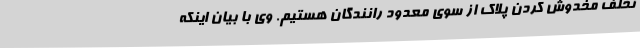
تخلف مخدوش کردن پلاک از سوی معدود رانندگان هستیم. وی با بیان اینکه